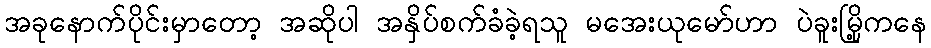
အခုနောက်ပိုင်းမှာတော့ အဆိုပါ အနှိပ်စက်ခံခဲ့ရသူ မအေးယုမော်ဟာ ပဲခူးမြို့ကနေ